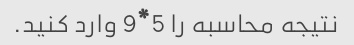
نتیجه محاسبه را 5*9 وارد کنید.